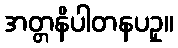
အတ္တနိပါတနပဥှ။